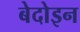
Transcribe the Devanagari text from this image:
बेदोइन